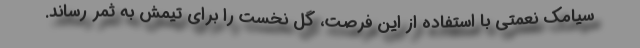
سیامک نعمتی با استفاده از این فرصت، گل نخست را برای تیمش به ثمر رساند.